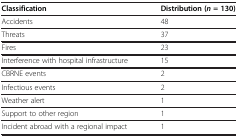
| Classification | Distribution (n = 130) |
 | --- | --- |
 | Accidents | 48 |
 | Threats | 37 |
 | Fires | 23 |
 | Interference with hospital infrastructure | 15 |
 | CBRNE events | 2 |
 | Infectious events | 2 |
 | Weather alert | 1 |
 | Support to other region | 1 |
 | Incident abroad with a regional impact | 1 |